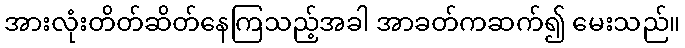
အားလုံးတိတ်ဆိတ်နေကြသည့်အခါ အာခတ်ကဆက်၍ မေးသည်။